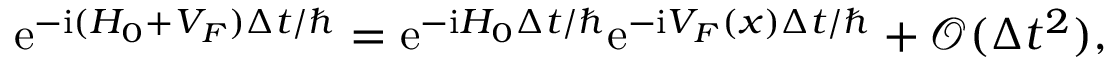
\mathrm { e } ^ { - \mathrm { i } ( H _ { 0 } + V _ { F } ) \Delta t / \hbar } = \mathrm { e } ^ { - \mathrm { i } H _ { 0 } \Delta t / \hbar } \mathrm { e } ^ { - \mathrm { i } V _ { F } ( x ) \Delta t / \hbar } + \mathcal { O } ( \Delta t ^ { 2 } ) ,